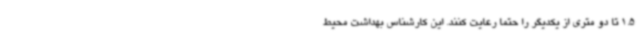
1.5 تا دو متری از یکدیگر را حتما رعایت کنند. این کارشناس بهداشت محیط